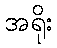
အရိုး